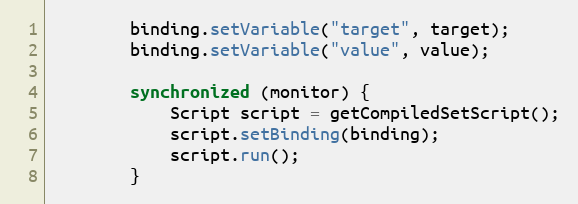
Language: Java
        binding.setVariable("target", target);
        binding.setVariable("value", value);

        synchronized (monitor) {
            Script script = getCompiledSetScript();
            script.setBinding(binding);
            script.run();
        }